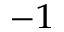
^ { - 1 }